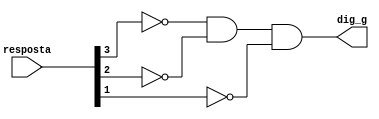
module g(resposta, dig_g);
	input [3:0] resposta;
	output dig_g;
	
	wire aux1, aux2, aux3;
	
	not not0(aux1, resposta[3]);
	not not1(aux2, resposta[2]);
	not not2(aux3, resposta[1]);
	and and0(dig_g, aux1, aux2, aux3);
endmodule